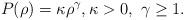
LaTeX: \begin{align*} P(\rho)=\kappa\rho^{\gamma},\kappa>0,\,\, \gamma\ge 1.\end{align*}